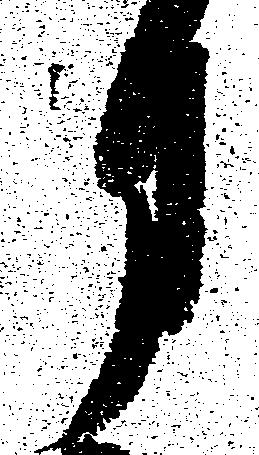
月